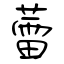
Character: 蕾